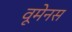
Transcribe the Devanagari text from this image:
वूमेनस